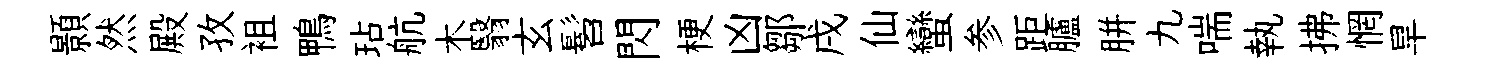
顥然殿孜袓鴨玷航木翳玄髫閃梗凶鄒戌仙蠻参距臚胼九喘執拂惘旱